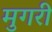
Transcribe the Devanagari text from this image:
मुगरी